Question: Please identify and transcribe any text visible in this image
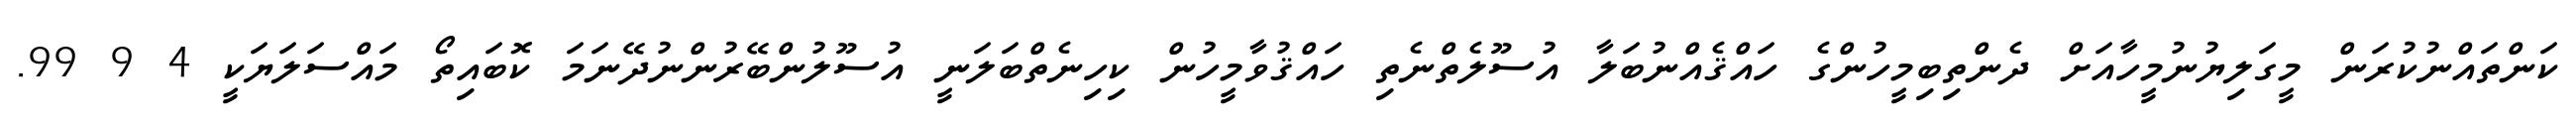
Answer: ކަންތައްނުކުރަން މީގަލިޔުނުމީހާއަށް ދެންތިބިމީހުންގެ ހައްޤެއްނުބަލާ އުސޫލެތްނެތި ހައްޤުވާމީހުން ކިހިނެތްބަލަނީ އުސޫލުންބޭރުންނުދޭނަމަ ކޮބައިތޯ މައްސަލަޔަކީ 4 9 99.